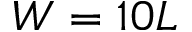
W = 1 0 L